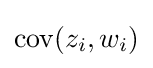
\mathrm {cov} (z_{i},w_{i})